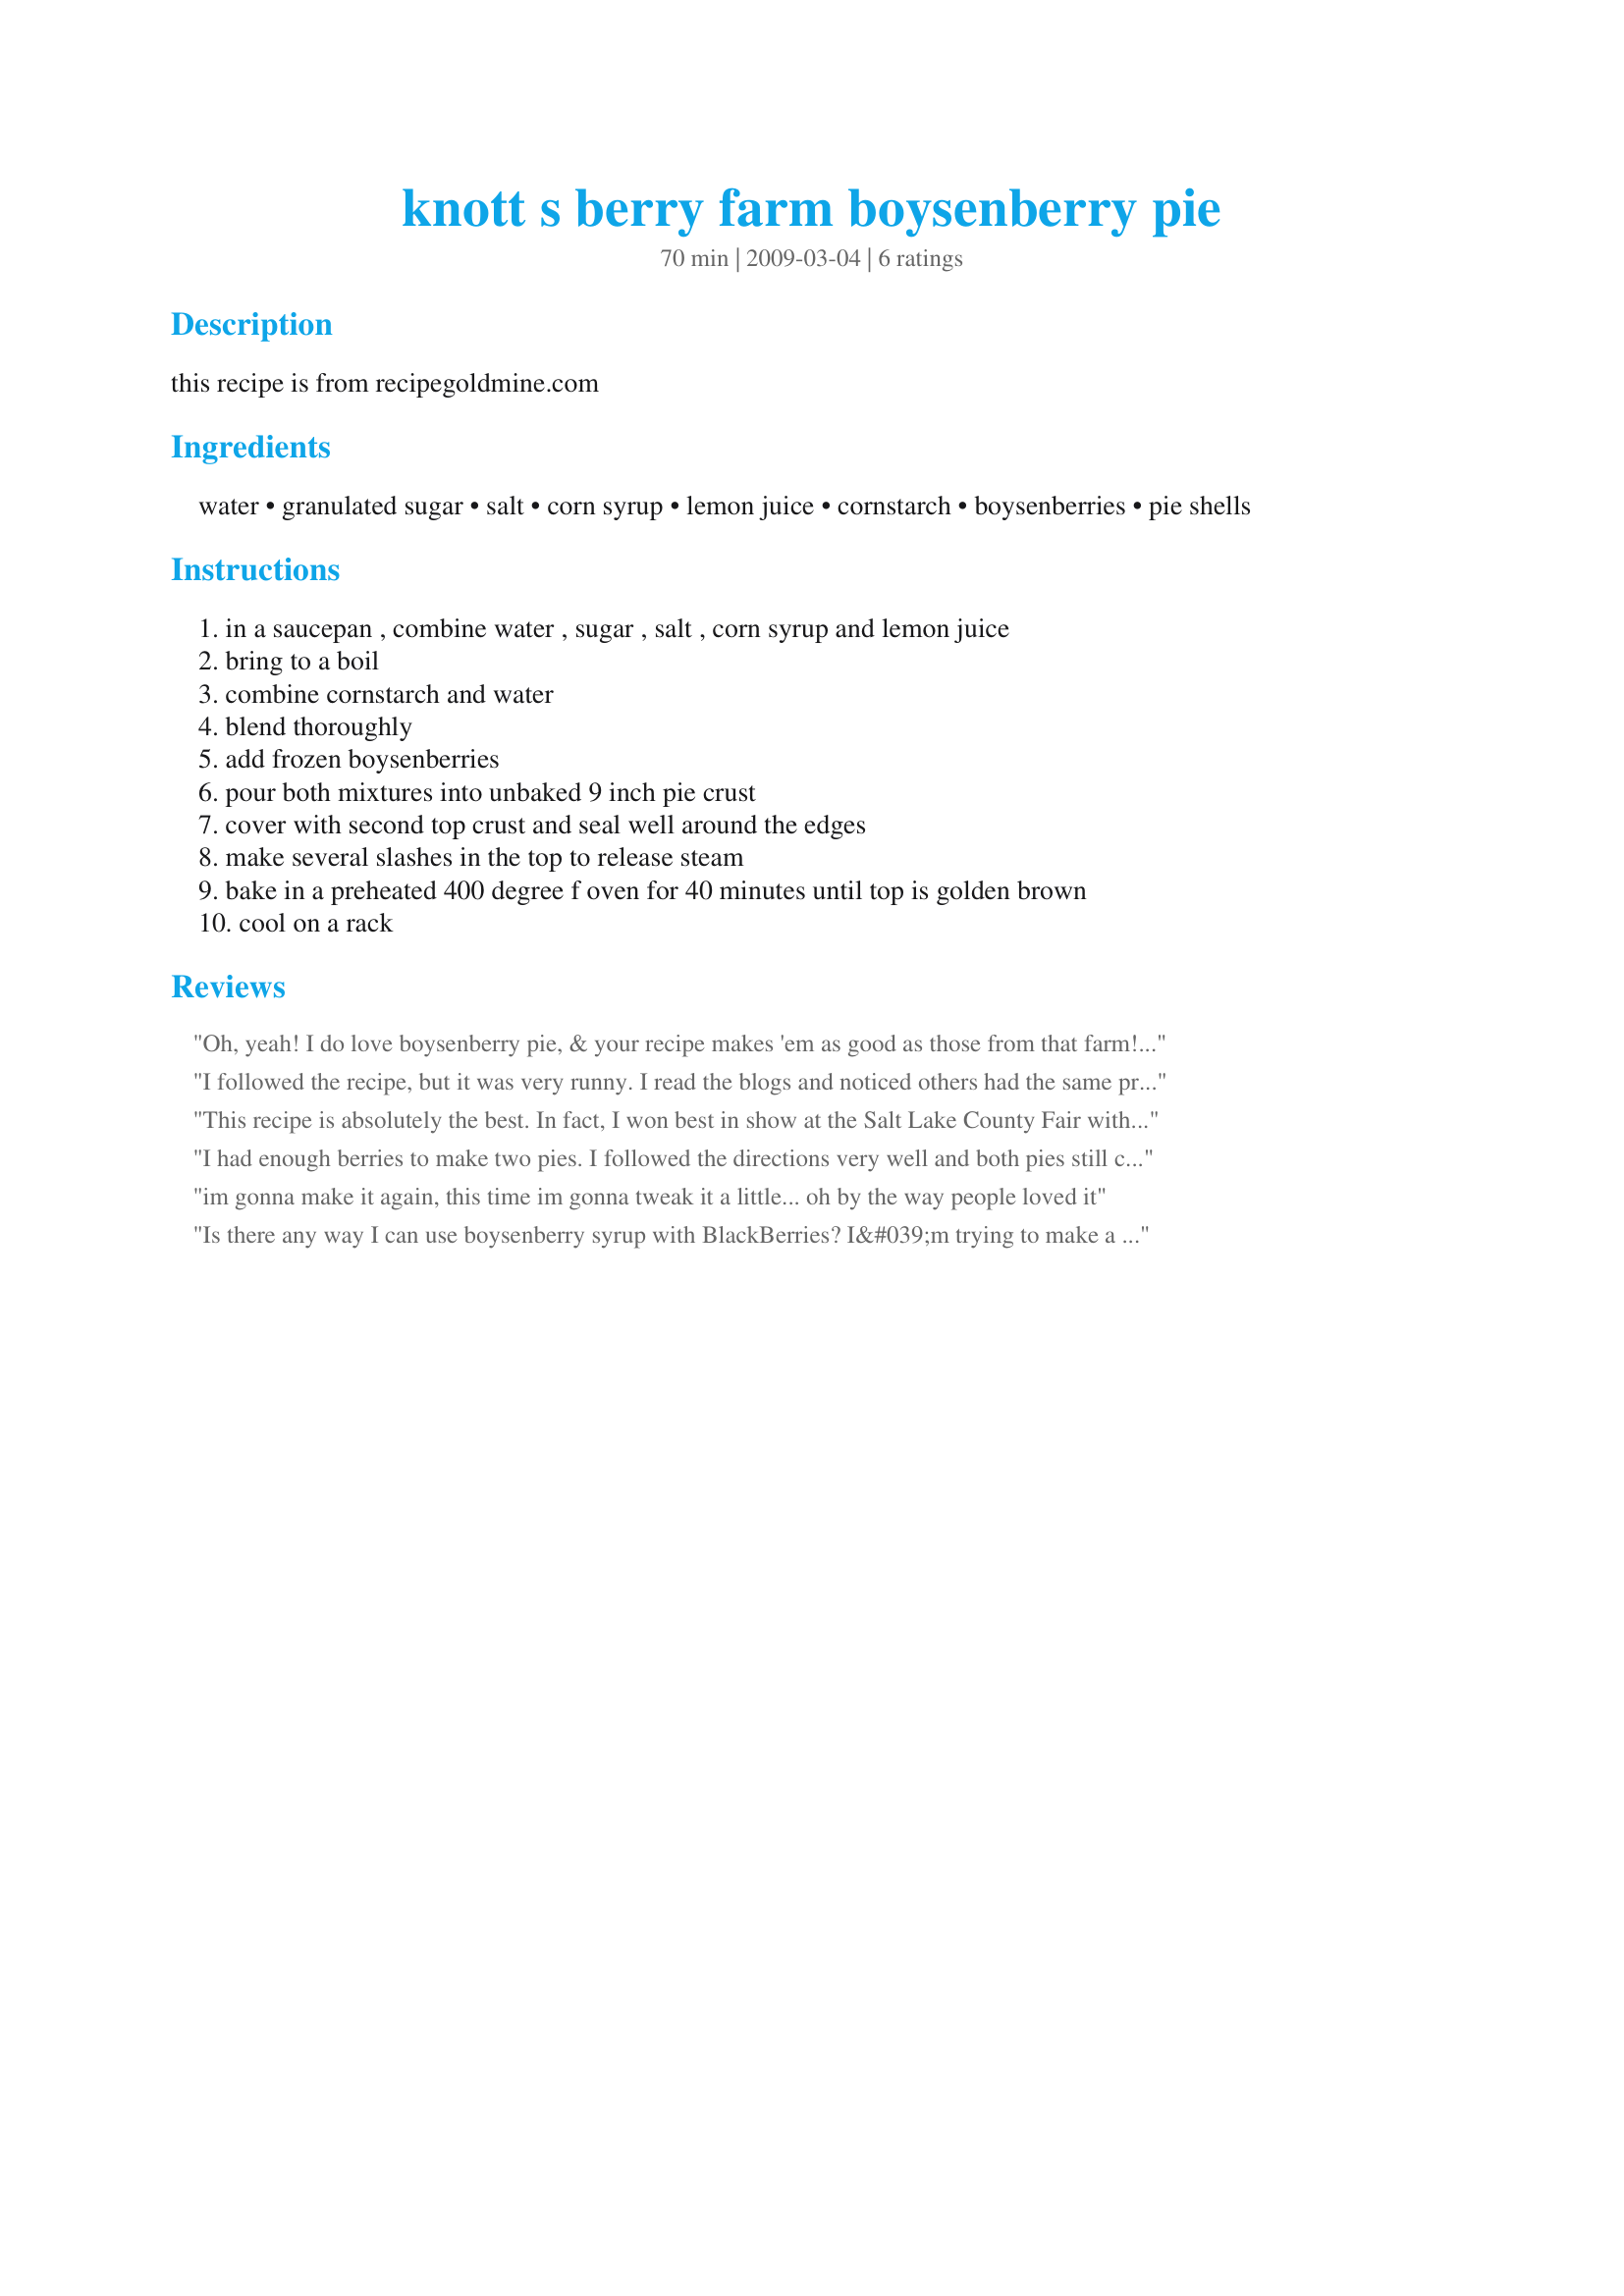
knott s berry farm boysenberry pie
Preparation time: 70 minutes

this recipe is from recipegoldmine.com

Ingredients:
water, granulated sugar, salt, corn syrup, lemon juice, cornstarch, boysenberries, pie shells

Steps:
in a saucepan , combine water , sugar , salt , corn syrup and lemon juice, bring to a boil, combine cornstarch and water, blend thoroughly, add frozen boysenberries, pour both mixtures into unbaked 9 inch pie crust, cover with second top crust and seal well around the edges, make several slashes in the top to release steam, bake in a preheated 400 degree f oven for 40 minutes until top is golden brown, cool on a rack

Reviews:
Oh, yeah! I do love boysenberry pie, & your recipe makes 'em as good as those from that farm! We used to live close enough to Knott's Berry Farm (when the admission was FREE!) that we could pop over there anytime & pick up one of those gems, but now . . . Your recipe brings up wonderful memories & gives me a much appreciated taste of times past! Thanks for sharing this keeper! [Tagged & made in Please Review My Recipe]
I followed the recipe, but it was very runny. I read the blogs and noticed others had the same problem so I only put half the liquid in pie shell, but it was still runny. The pie was very good, but I think I will try the tapioca like suggested in the other blog.
This recipe is absolutely the best. In fact, I won best in show at the Salt Lake County Fair with it. I just added 2 Tbsp of tapioca. FABULOUS!
I had enough berries to make two pies. I followed the directions very well and both pies still came out fairly runny. I suggest others use a bit more cornstarch or some flour to add to the berry mixture. The taste, however, MORE than made up for the presentation.
im gonna make it again, this time im gonna tweak it a little... oh by the way people loved it
Is there any way I can use boysenberry syrup with BlackBerries? I&#039;m trying to make a boysenberry pie but the funny thing is I could not find boysenberries in my town, and i absolutly need a boysenberry pie. All I have is boysenberry syrup and blackberries ......I&#039;ve searched everywhere to find a recipe and this one was my favorite. If I could just find a solution to my problem with the help of a pie expert aha??? I don&#039;t know where else to go for help.
